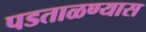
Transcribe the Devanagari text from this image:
पडताळण्यास